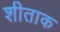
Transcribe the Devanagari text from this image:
शीताक